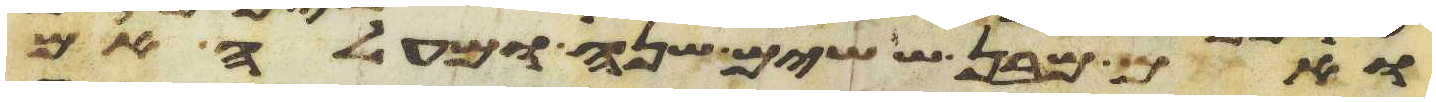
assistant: ואם מבן ששים שנה ומעלה אם